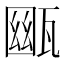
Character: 𤭳